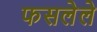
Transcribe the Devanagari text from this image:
फसलेले